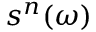
s ^ { n } ( \omega )